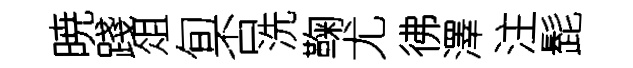
暁踐俎旬否洗鞠尤彿澤注髭